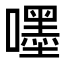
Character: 嚜